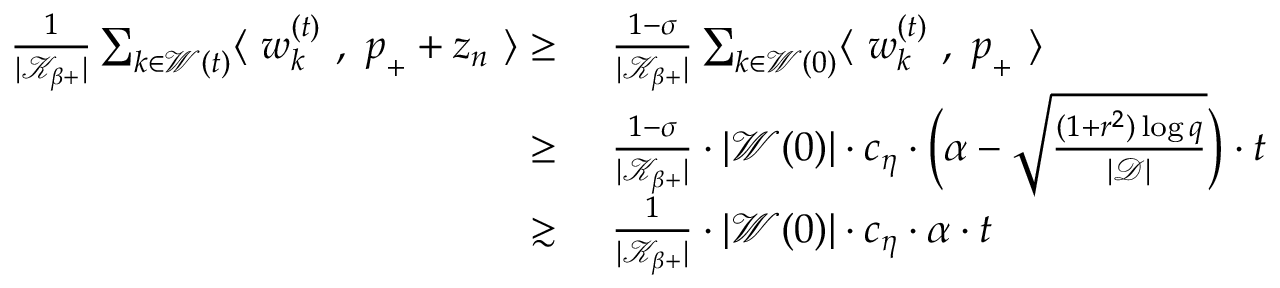
\begin{array} { r l } { \frac { 1 } { | \mathcal { K } _ { \beta + } | } \sum _ { k \in \mathcal { W } ( t ) } \langle ~ { \boldsymbol w } _ { k } ^ { ( t ) } ~ , ~ { \boldsymbol p } _ { + } + { \boldsymbol z } _ { n } ~ \rangle \ge } & { ~ \frac { 1 - \sigma } { | \mathcal { K } _ { \beta + } | } \sum _ { k \in \mathcal { W } ( 0 ) } \langle ~ { \boldsymbol w } _ { k } ^ { ( t ) } ~ , ~ { \boldsymbol p } _ { + } ~ \rangle } \\ { \ge } & { ~ \frac { 1 - \sigma } { | \mathcal { K } _ { \beta + } | } \cdot | \mathcal { W } ( 0 ) | \cdot c _ { \eta } \cdot \Big ( \alpha - \sqrt { \frac { ( 1 + r ^ { 2 } ) \log q } { | \mathcal { D } | } } \Big ) \cdot t } \\ { \gtrsim } & { ~ \frac { 1 } { | \mathcal { K } _ { \beta + } | } \cdot | \mathcal { W } ( 0 ) | \cdot c _ { \eta } \cdot \alpha \cdot t } \end{array}